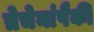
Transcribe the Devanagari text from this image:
त्रेचेनांपैकी